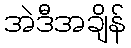
အဲဒီအချိန်